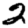
Digit: 2